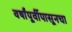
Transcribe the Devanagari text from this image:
वर्षांपूर्वीपासूनचा